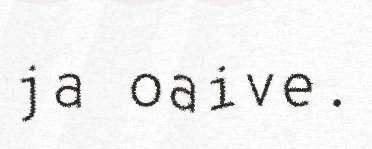
ja oaive.